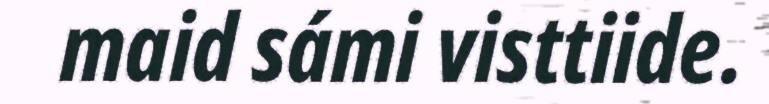
maid sámi visttiide.